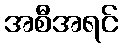
အစီအရင်